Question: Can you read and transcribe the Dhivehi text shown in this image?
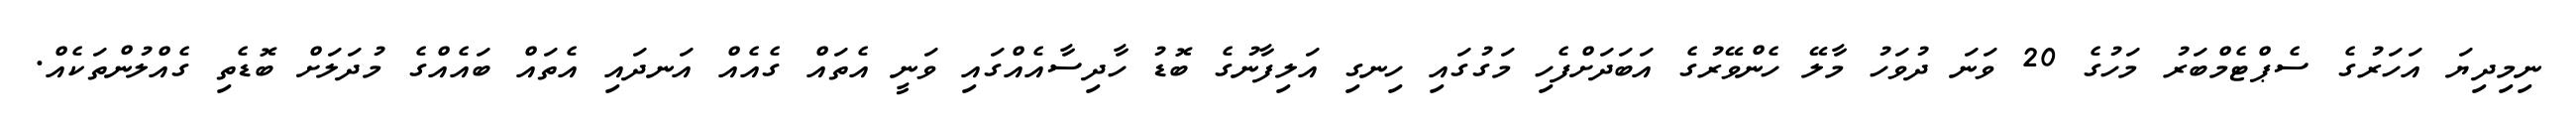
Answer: ނިމިދިޔަ އަހަރުގެ ސެޕްޓެމްބަރު މަހުގެ 20 ވަނަ ދުވަހު މާލޭ ހެންވޭރުގެ އަބަދަށްފެހި މަގުގައި ހިނގި އަލިފާނުގެ ބޮޑު ހާދިސާއެއްގައި ވަނީ އެތައް ގެއެއް އަނދައި އެތައް ބައެއްގެ މުދަލަށް ބޮޑެތި ގެއްލުންތަކެއް.